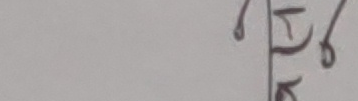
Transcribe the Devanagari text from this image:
री